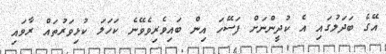
އޭގެ ބަދަލުގައި އެ ކުދީންނަށް ފަސޭހަ އިން ބައިވެރިވެވޭނެ ކަހަލަ ކުޅިވަރުތައް ރާވައި